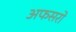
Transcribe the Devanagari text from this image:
अफसरो